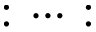
: \cdots :